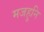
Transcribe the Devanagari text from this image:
मजहुनि